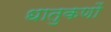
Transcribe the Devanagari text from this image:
धातुकणों